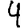
Digit: 4